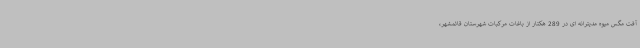
آفت مگس میوه مدیترانه ای در 289 هکتار از باغات مرکبات شهرستان قائمشهر،